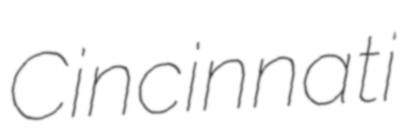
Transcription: Cincinnati